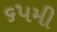
૬૫મી